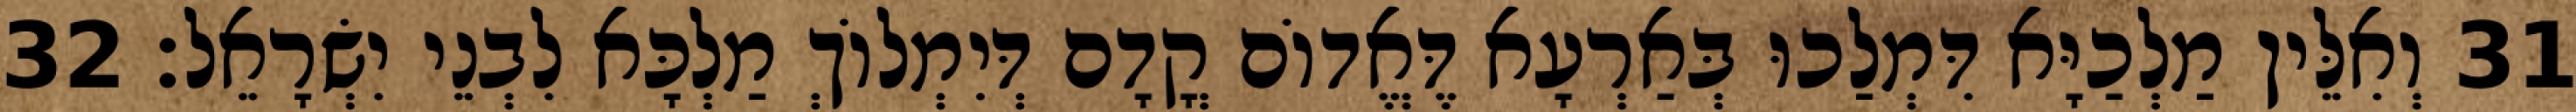
31 וְאִלֵּין מַלְכַיָּא דִּמְלַכוּ בְּאַרְעָא דֶּאֱדוֹם קֳדָם דְּיִמְלוֹךְ מַלְכָּא לִבְנֵי יִשְׂרָאֵל׃ 32